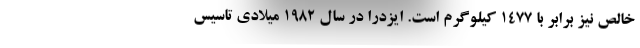
خالص نیز برابر با 1477 کیلوگرم است. ایزدرا در سال 1982 میلادی تاسیس